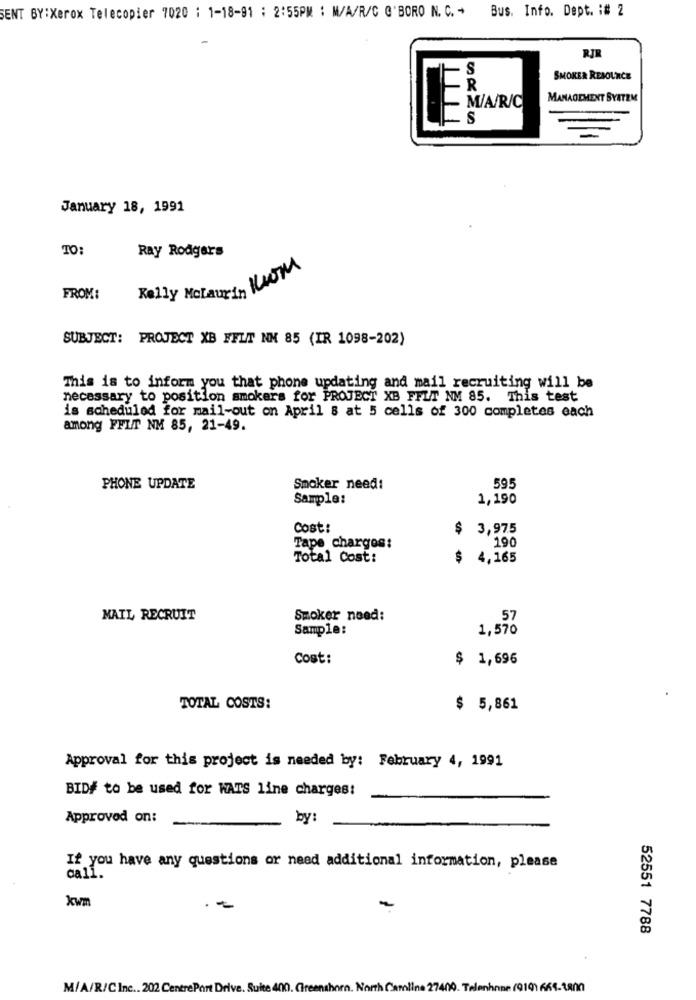
Bus. Info. Dept. : # 2
SENT BY:Xerox Telecopier 7020 : 1-18-91 : 2:55PM : M/A/R/C Q'BORO N. C. +
RI
-
SMOKER RESOURCE
MANAGEMENT SYSTEM
-
January 18, 1991
TO:
Ray Rodgers
Kelly Molaurin KOM
FROM:
SUBJECT: PROJECT XB FELT NN 85 (IR 1098-202)
This is to inform you that phone updating and mail recruiting will be
necessary to position smokers for PROJECT XB FFLT NM 85. This test
is scheduled for mail-out on April 8 at 5 cells of 300 completes each
among FFLT NM 85, 21-49.
PHONE UPDATE
Smoker need:
595
Sample:
1,190
Cost:
$ 3,975
190
Tape charges:
Total Cost:
$ 4,165
MAIL RECRUIT
Smoker need:
57
Sample:
1,570
Cost:
$ 1,696
TOTAL COSTS:
$ 5,861
Approval for this project is needed by: February 4, 1991
BID# to be used for WATS line charges:
Approved on:
by:
If you have any questions or need additional information, please
call.
kwm
52551 7788
M/A/R/C Inc .. 202 Centre Port Drive. Suite 400. Greenshorn. North Carolina 27400. Telenhnne (9101 665-1800